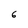
Character: 6